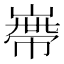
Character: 𡻺